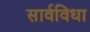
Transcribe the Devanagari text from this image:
सार्वविधा